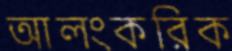
আলংকরিক